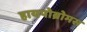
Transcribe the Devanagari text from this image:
हायपोब्रोमस